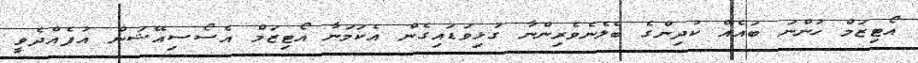
އޯޓިޒަމް ހުންނަ ބައެއް ކުދިންގެ ބެލެނެވެރިންނާ ގުޅިވަޑައިގެން އެކަމަނާ އޯޓިޒަމް އެސޯސިއޭޝަން އުފެއްދެވީ